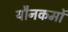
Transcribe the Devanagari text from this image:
यौनकर्मों